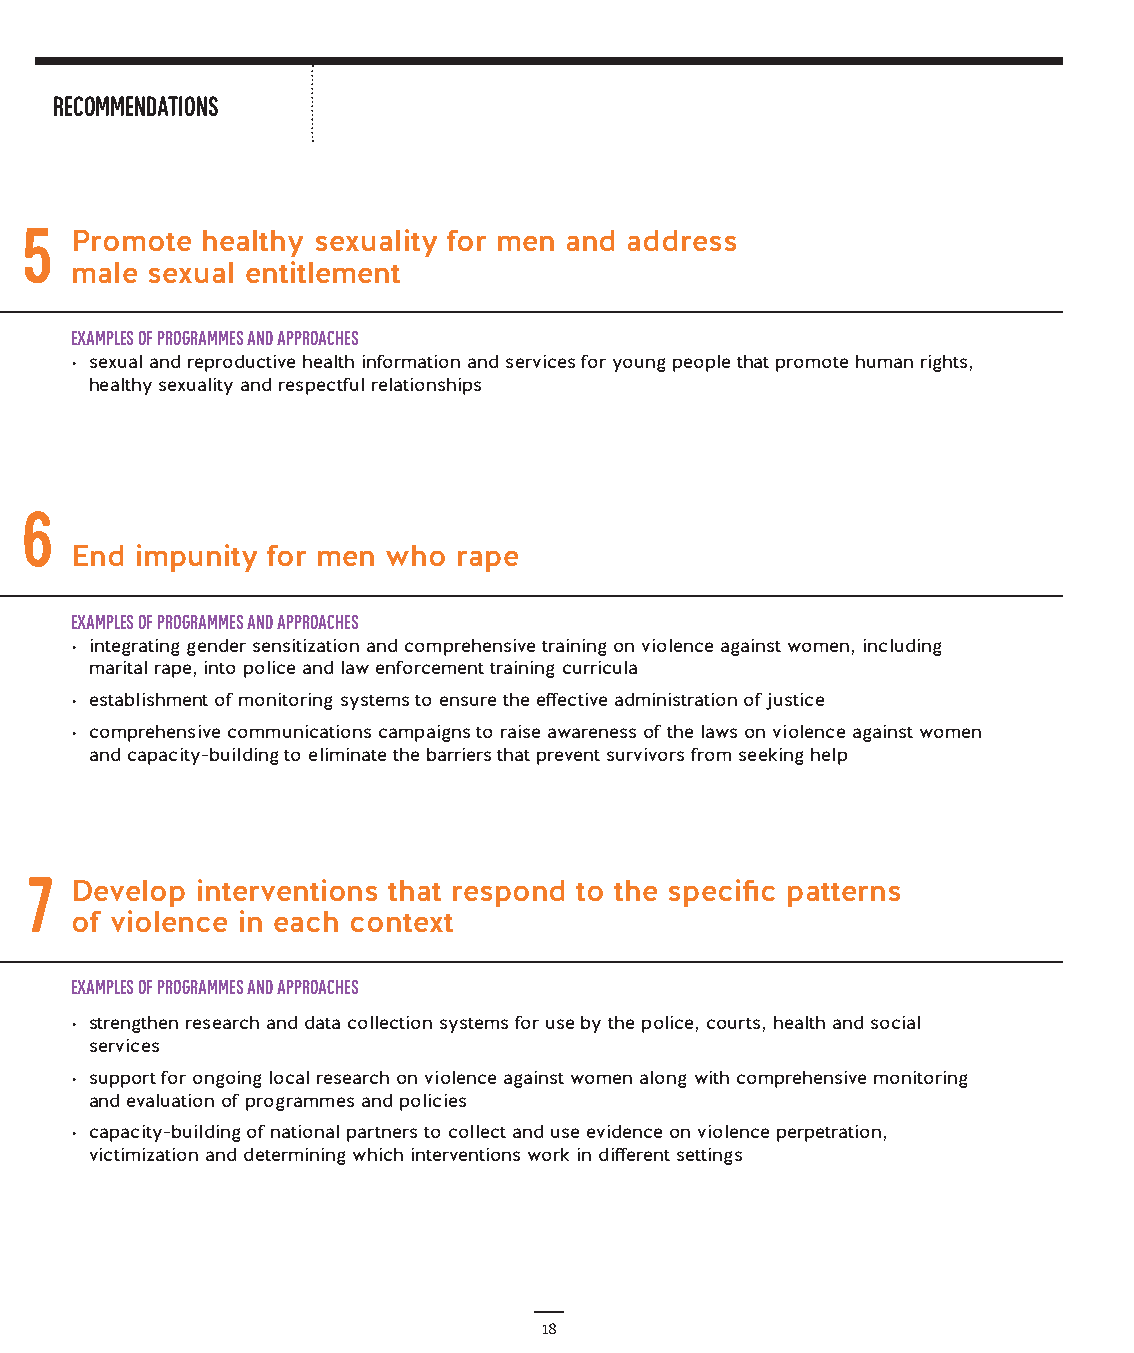
recommendations
 5
 Promote healthy sexuality for men and address
 male sexual entitlement
 Examples of programmes and approaches
 · sexual and reproductive health information and services for young people that promote human rights,
 healthy sexuality and respectful relationships
 6
 End impunity for men who rape
 Examples of programmes and approaches
 · integrating gender sensitization and comprehensive training on violence against women, including
 marital rape, into police and law enforcement training curricula
 · establishment of monitoring systems to ensure the effective administration of justice
 · comprehensive communications campaigns to raise awareness of the laws on violence against women
 and capacity-building to eliminate the barriers that prevent survivors from seeking help
 7
 Develop interventions that respond to the specific patterns
 of violence in each context
 Examples of programmes and approaches
 · strengthen research and data collection systems for use by the police, courts, health and social
 services
 · support for ongoing local research on violence against women along with comprehensive monitoring
 and evaluation of programmes and policies
 · capacity-building of national partners to collect and use evidence on violence perpetration,
 victimization and determining which interventions work in different settings
 18